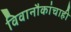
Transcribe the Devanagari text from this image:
विवानौकांचाही